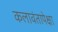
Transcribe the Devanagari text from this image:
कलावंतापेक्षा